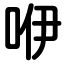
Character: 咿